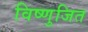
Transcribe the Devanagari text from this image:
विष्णुजित